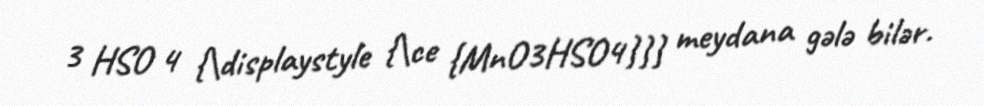
3 HSO 4 {\displaystyle {\ce {MnO3HSO4}}} meydana gələ bilər.